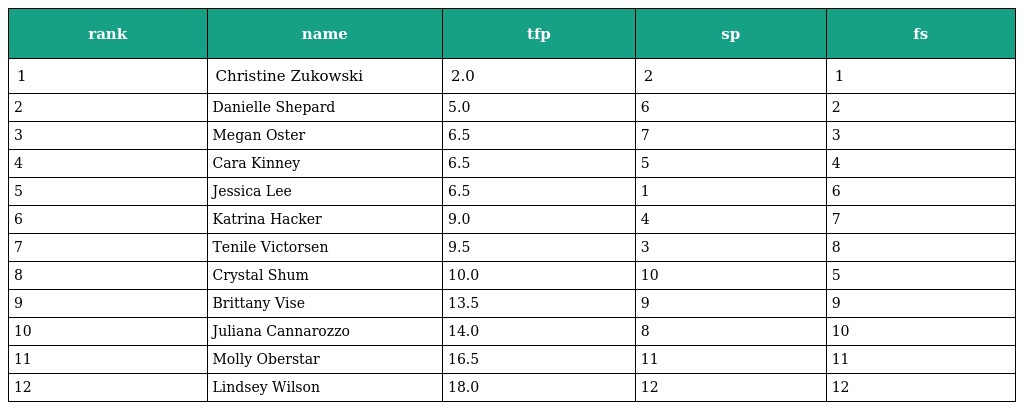
| rank | name | tfp | sp | fs |
 | --- | --- | --- | --- | --- |
 | 1 | Christine Zukowski | 2.0 | 2 | 1 |
 | 2 | Danielle Shepard | 5.0 | 6 | 2 |
 | 3 | Megan Oster | 6.5 | 7 | 3 |
 | 4 | Cara Kinney | 6.5 | 5 | 4 |
 | 5 | Jessica Lee | 6.5 | 1 | 6 |
 | 6 | Katrina Hacker | 9.0 | 4 | 7 |
 | 7 | Tenile Victorsen | 9.5 | 3 | 8 |
 | 8 | Crystal Shum | 10.0 | 10 | 5 |
 | 9 | Brittany Vise | 13.5 | 9 | 9 |
 | 10 | Juliana Cannarozzo | 14.0 | 8 | 10 |
 | 11 | Molly Oberstar | 16.5 | 11 | 11 |
 | 12 | Lindsey Wilson | 18.0 | 12 | 12 |